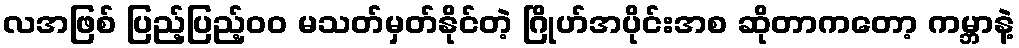
လအဖြစ် ပြည့်ပြည့်၀၀ မသတ်မှတ်နိုင်တဲ့ ဂြိုဟ်အပိုင်းအစ ဆိုတာကတော့ ကမ္ဘာနဲ့